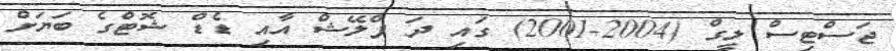
ޖަސްޓިސް ލީގް (2004-2001) ގައި ދަ ފްލޭޝް އާއި ޑެޑް ޝޮޓްގެ ބަޔަށް